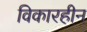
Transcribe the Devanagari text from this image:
विकारहीन